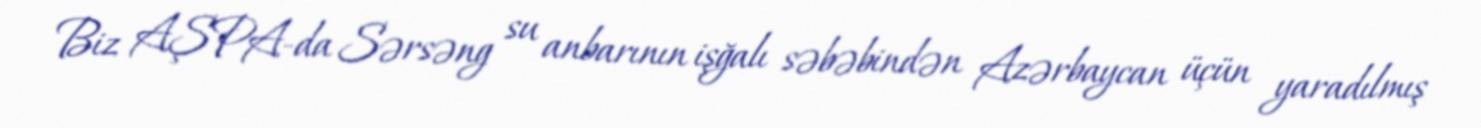
Biz AŞPA-da Sərsəng su anbarının işğalı səbəbindən Azərbaycan üçün yaradılmış